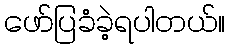
ဖော်ပြခံခဲ့ရပါတယ်။